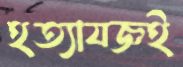
হত্যাযজ্ঞই